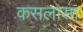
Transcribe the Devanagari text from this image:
कसलासा